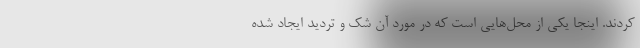
کردند. اینجا یکی از محل‌هایی است که در مورد آن شک و تردید ایجاد شده